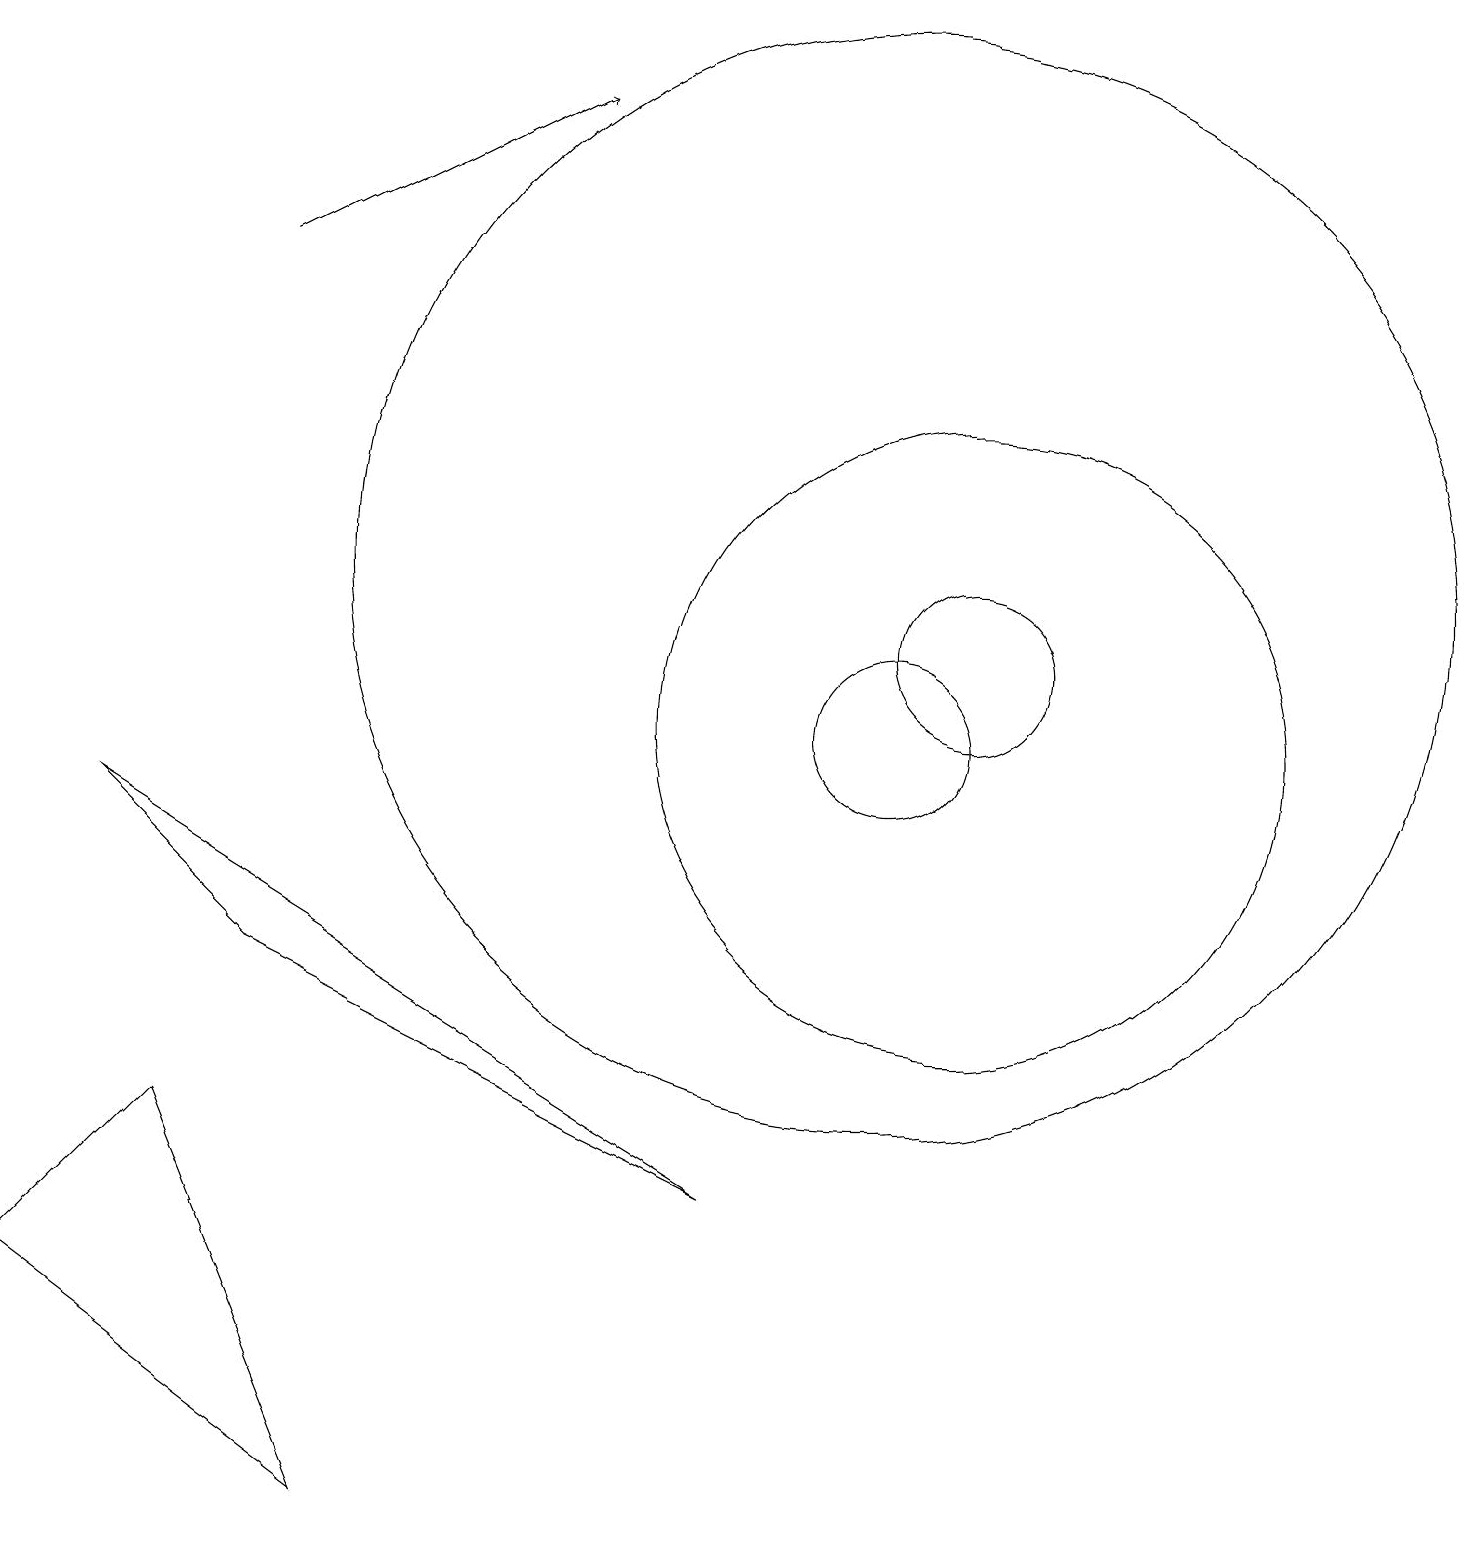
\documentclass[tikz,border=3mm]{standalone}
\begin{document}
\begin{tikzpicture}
\draw (12,11) circle (1);
\draw[->] (3,16) -- (7,18);
\draw (12,10) circle (4);
\draw (11,10) circle (1);
\draw (4,0) -- (2,5) -- (0,3) -- cycle;
\draw (1,9) -- (3,7) -- (9,4) -- cycle;
\draw (11,12) circle (7);
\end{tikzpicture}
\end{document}